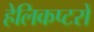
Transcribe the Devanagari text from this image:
हेलिकप्टरों